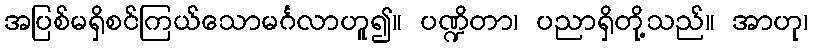
အပြစ်မရှိစင်ကြယ်သောမင်္ဂလာဟူ၍။ ပဏ္ဍိတာ၊ ပညာရှိတို့သည်။ အာဟု၊